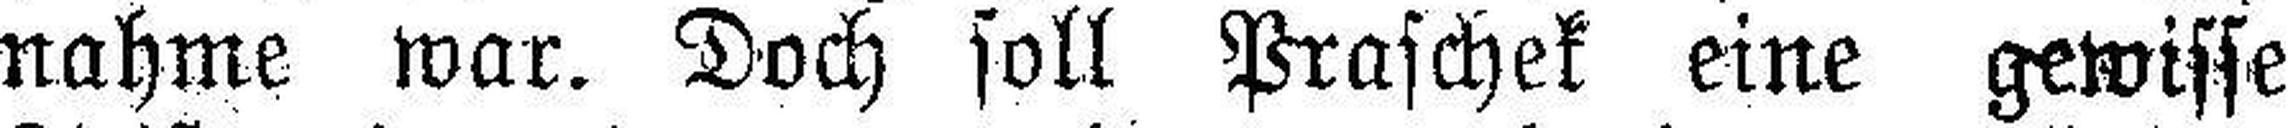
nahme war. Doch soll Praschek eine gewisse